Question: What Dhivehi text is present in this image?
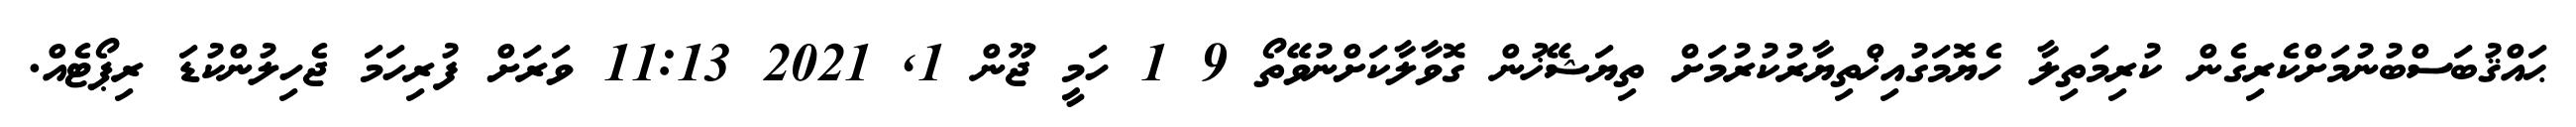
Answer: ޙައްޤުބަސްބުނުމަށްކެރިގެން ކުރިމަތިލާ ހެޔޮމަގުއިޚްތިޔާރުކުރުމަށް ތިޔަޝޭޚުން ގޮވާލާކަށްނުވޭތޯ 9 1 ހަމީ ޖޫން 1, 2021 11:13 ވަރަށް ފުރިހަމަ ޖެހިލުންކުޑަ ރިޕޯޓެއް.